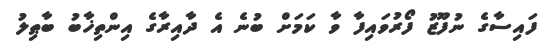
ފައިސާގެ ނުފޫޒު ފޯރުވައިފާ ވާ ކަމަށް ބުނެ އެ ދާއިރާގެ އިންތިޚާބު ބާޠިލު